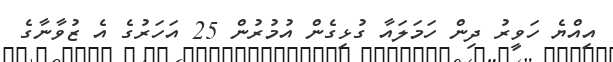
އިއްޔެ ހަވީރު ދިން ހަމަލައާ ގުޅިގެން އުމުރުން 25 އަހަރުގެ އެ ޒުވާނާގެ